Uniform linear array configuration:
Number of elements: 24
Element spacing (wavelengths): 1
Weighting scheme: uniform
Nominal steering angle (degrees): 60
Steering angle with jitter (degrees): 59.583
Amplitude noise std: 0.05
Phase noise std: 0.05

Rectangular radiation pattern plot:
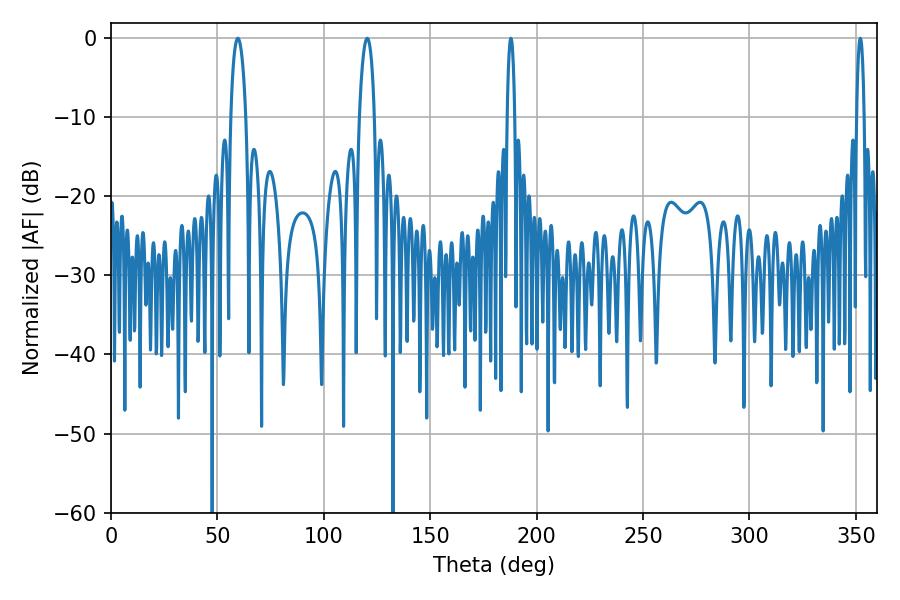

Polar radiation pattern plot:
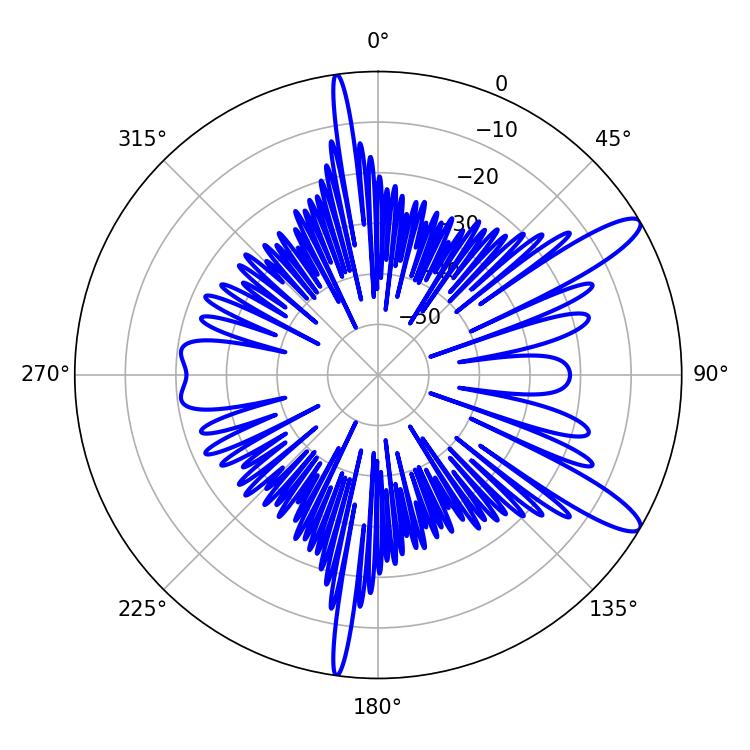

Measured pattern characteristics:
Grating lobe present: TRUE
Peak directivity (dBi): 12.024
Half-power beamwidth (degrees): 4.14
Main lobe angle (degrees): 59.58